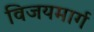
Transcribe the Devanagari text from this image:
विजयमार्ग